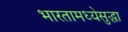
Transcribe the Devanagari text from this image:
भारतामध्येसुद्धा